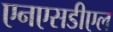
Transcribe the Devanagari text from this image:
एनएसडीएल